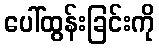
ပေါ်ထွန်းခြင်းကို